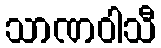
သာဏဝါသီ